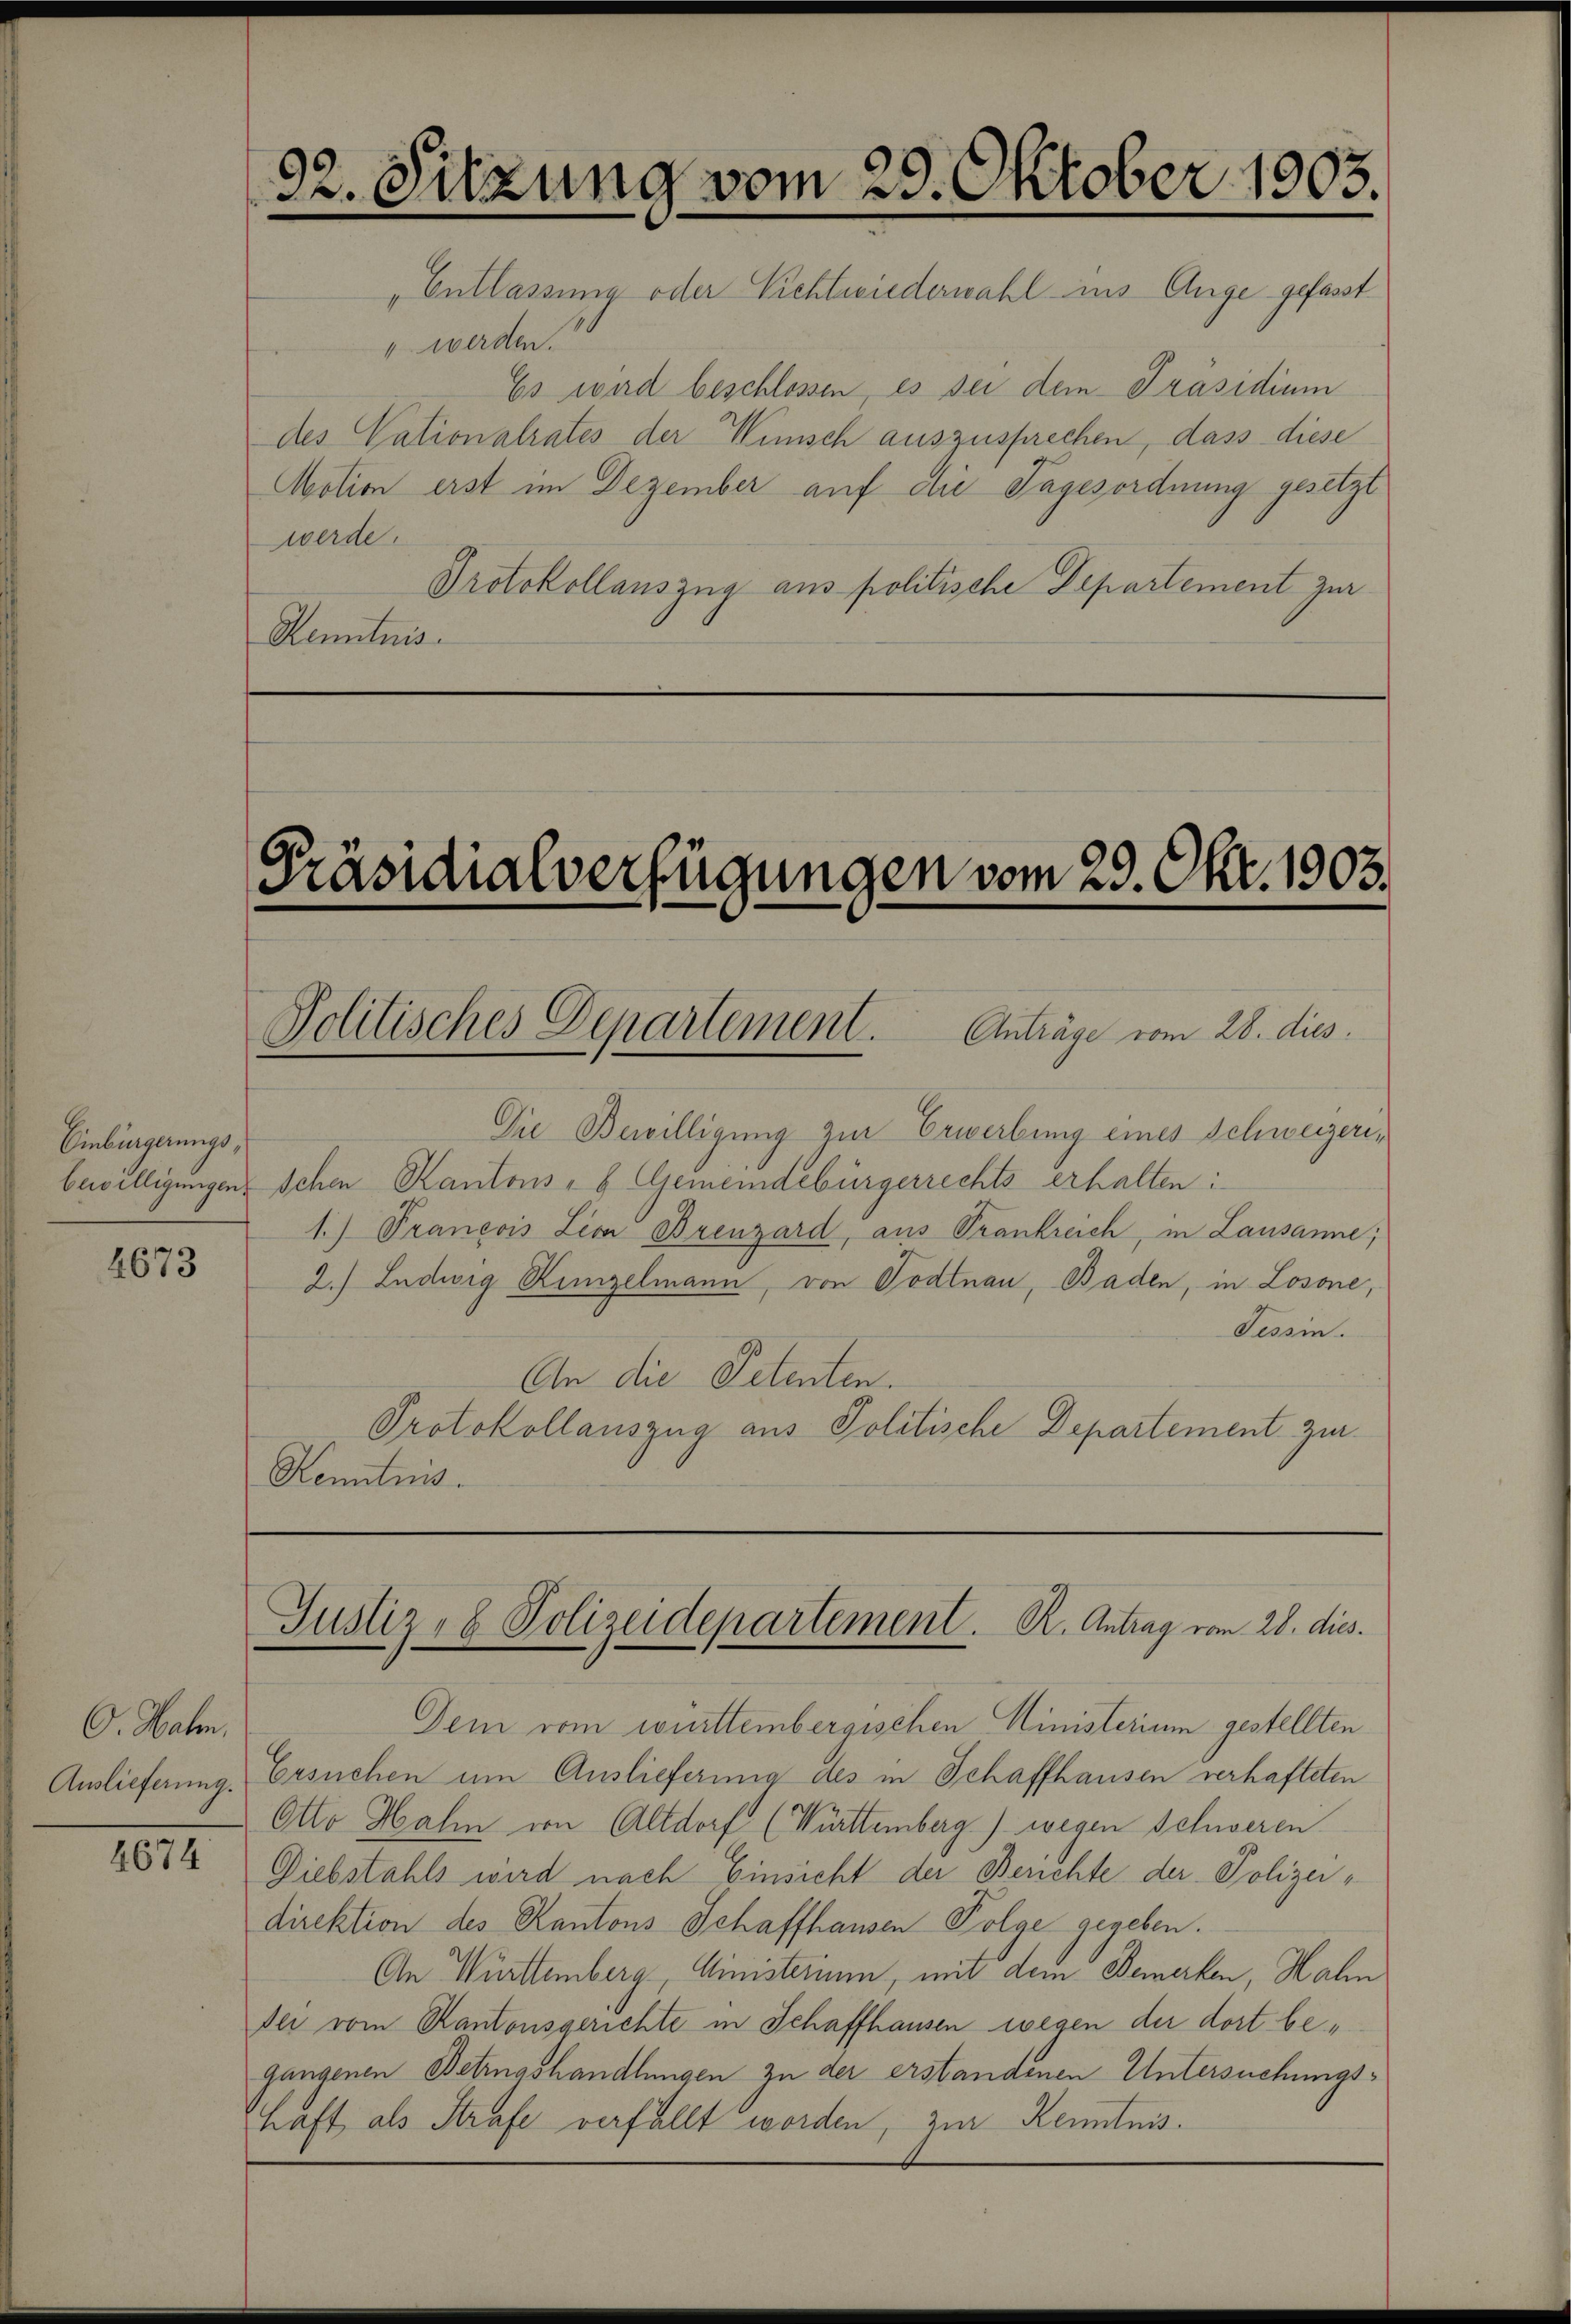
Einbürgerungs¬

4673

O. Walen,
Auslieferung.

1817.

„Entlassung oder Vichtwiederwahl ins Auge gefasst.
" werden.
Es wird beschlossen, es sei dem Präsidium
des Vationalrates der Wunsch auszusprechen, dass diese
Motion erst im Dezember auf die Tagesordnung gesetzt
werde.
Protokollauszug aus politische Departement zur
Kenntnis.

92. Sitzung vom 29. Oktober 1903.

Präsidialverfügungen vom 29. Okt. 1903.
Politisches Departement. Anträge vom 28. dies

Die Bewilligung zur Erwerbung eines Schweizeribewilligungen schen Kantons- & Gemeindebürgerrechts erhalten:
1.) Prancois Lion Brenzard, aus Trankreich, in Lausanne;
2.) Ludwig Kinzelmann, von Todtnau, Baden, in Losone,
Tessin.
An die Petenten.
Protokollauszug aus Politische Departement zie¬
Kenntnis.

Justiz- & Polizeidepartement. R. Antrag vom 28. dies.

Dem vom württembergischen Ministerium gestellten
Ersuchen um Auslieferung des in Schaffhausen verhafteten
Otto Hahn von Altdorf (Württemberg) wegen Schweren
Diebstahls wird nach Einsicht der Berichte der Polizeidirektion des Kantons Schaffhausen Folge gegeben.
An Württemberg, Ministerium, mit dem Bemerken, Halm
fei vom Kantonsgerichte in Schaffhausen wegen der dort be¬
Gangenen Betrugshandlungen zu der erstandenen Untersuchungshaft als Strafe verfällt worden, zur Kenntnis.